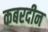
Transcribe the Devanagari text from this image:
कबरदीन